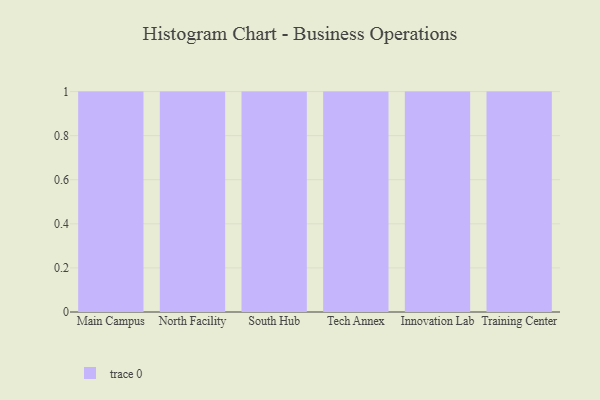
{"axis": {"x": "Campus", "y": "Humidity (%)"}, "legend": [""], "data": [{"x": "Main Campus", "y": 7, "type": ""}, {"x": "North Facility", "y": 9, "type": ""}, {"x": "South Hub", "y": 9, "type": ""}, {"x": "Tech Annex", "y": 50, "type": ""}, {"x": "Innovation Lab", "y": 74, "type": ""}, {"x": "Training Center", "y": 46, "type": ""}]}